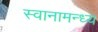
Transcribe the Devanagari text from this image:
स्वानामन्ध्य